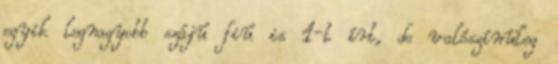
egyik legnagyobb szájú fiú is 1-t írt, de valószínüleg